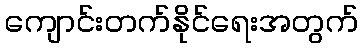
ကျောင်းတက်နိုင်ရေးအတွက်